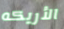
الأريكه